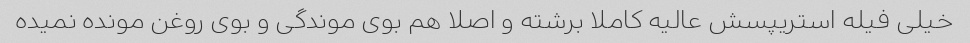
خیلی فیله استریپسش عالیه کاملا برشته و اصلا هم بوی موندگی و بوی روغن مونده نمیده